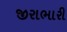
જીરાભારી